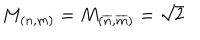
M _ { \left( n , m \right) } = M _ { \left( \overline { { { n } } } , \overline { { { m } } } \right) } = \sqrt { 2 }